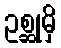
ဥစ္ဆုမှိ